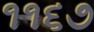
૧૧૬૭